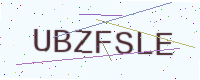
Text: UBZFSLE